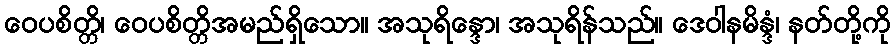
ဝေပစိတ္တိ၊ ဝေပစိတ္တိအမည်ရှိသော။ အသုရိန္ဒော၊ အသုရိန်သည်။ ဒေဝါနမိန္ဒံ၊ နတ်တို့ကို